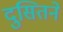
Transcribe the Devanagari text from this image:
दुसितने